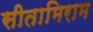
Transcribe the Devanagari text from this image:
सीतामिराम